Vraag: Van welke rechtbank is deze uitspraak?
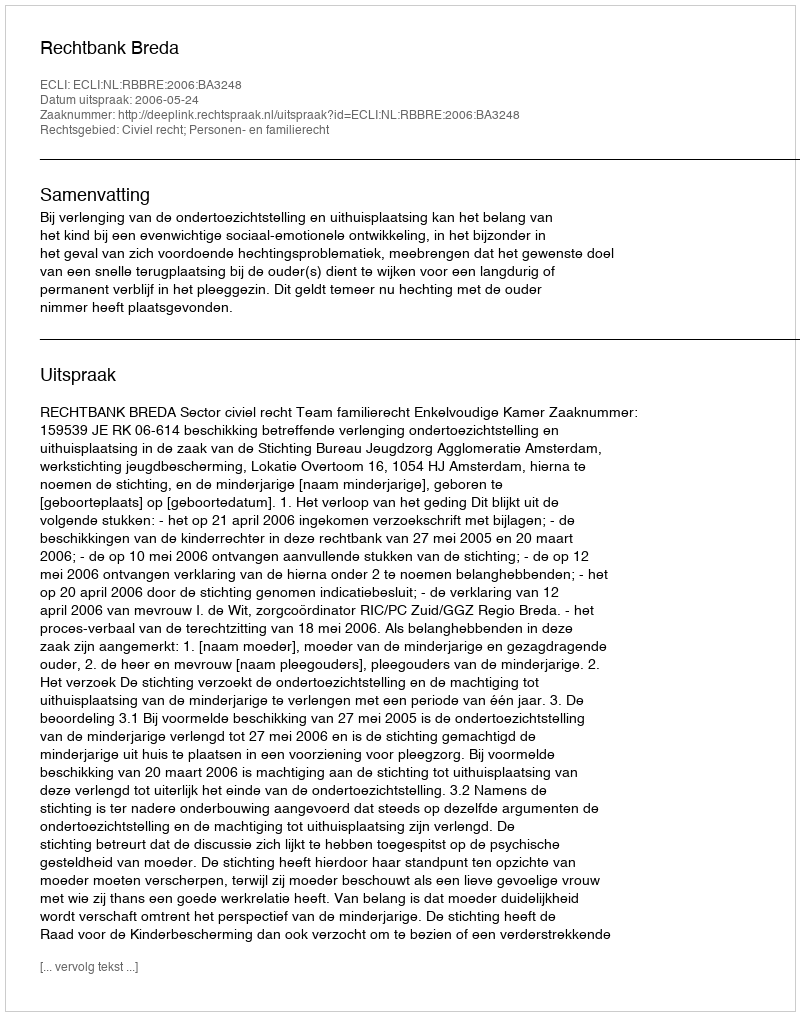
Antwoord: Rechtbank Breda